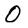
Character: O